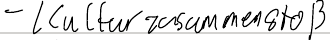
- Kulturzusammenstoß